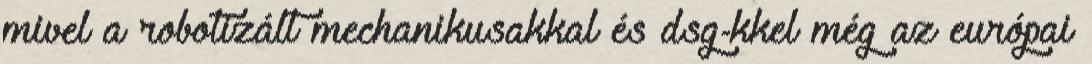
mivel a robotizált mechanikusakkal és dsg-kkel még az európai